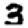
Digit: 3